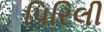
પિરિલી